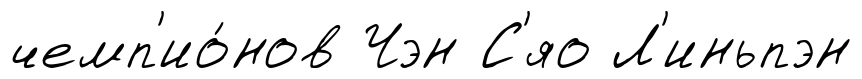
чемп'ио́нов Чэн С'яо Л'иньпэн